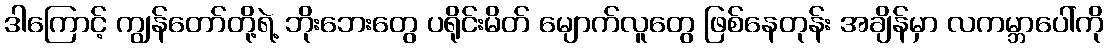
ဒါကြောင့် ကျွန်တော်တို့ရဲ့ ဘိုးဘေးတွေ ပရိုင်းမိတ် မျောက်လူတွေ ဖြစ်နေတုန်း အချိန်မှာ လကမ္ဘာပေါ်ကို